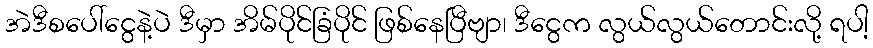
အဲဒီစပေါ်ငွေနဲ့ပဲ ဒီမှာ အိမ်ပိုင်ခြံပိုင် ဖြစ်နေပြီဗျာ၊ ဒီငွေက လွယ်လွယ်တောင်းလို့ ရပါ့